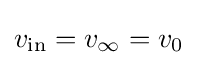
v_{\mathrm {in} }=v_{\infty }=v_{0}